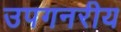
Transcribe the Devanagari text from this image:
उपगनरीय